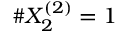
\# X _ { 2 } ^ { ( 2 ) } = 1